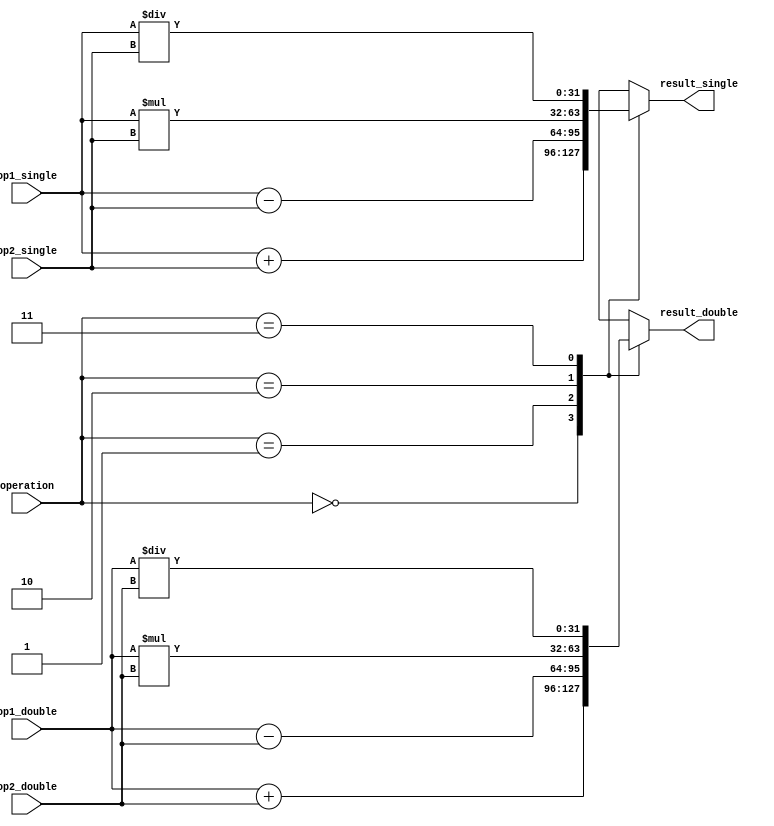
module floating_point_alu (
    input [31:0] op1_single,
    input [31:0] op2_single,
    input [31:0] op1_double,
    input [31:0] op2_double,
    input [1:0] operation,
    output reg [31:0] result_single,
    output reg [31:0] result_double
);

always @(*)
begin
    case(operation)
        2'b00: // addition
            begin
                result_single = op1_single + op2_single;
                result_double = op1_double + op2_double;
            end
        2'b01: // subtraction
            begin
                result_single = op1_single - op2_single;
                result_double = op1_double - op2_double;
            end
        2'b10: // multiplication
            begin
                result_single = op1_single * op2_single;
                result_double = op1_double * op2_double;
            end
        2'b11: // division
            begin
                result_single = op1_single / op2_single;
                result_double = op1_double / op2_double;
            end
    endcase
end

endmodule